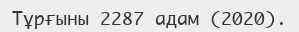
Тұрғыны 2287 адам (2020).